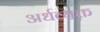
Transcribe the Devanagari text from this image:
अर्धव्यक्त